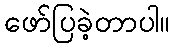
ဖော်ပြခဲ့တာပါ။